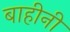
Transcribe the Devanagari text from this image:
बाहीनी